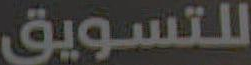
للتسويق